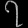
Digit: ၇